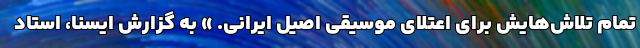
تمام تلاش‌هایش برای اعتلای موسیقی اصیل ایرانی. » به گزارش ایسنا، استاد